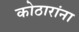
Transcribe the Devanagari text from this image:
कोठारांना